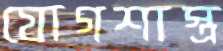
যোগশাস্ত্র